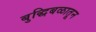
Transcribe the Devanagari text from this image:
बुद्धिबळातून